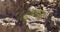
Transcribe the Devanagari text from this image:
खंगलाना